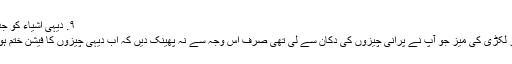
۹. دیہی اشیاء کو جدید بنائیں
وہ شاندار لکڑی کی میز جو آپ نے پرانی چیزوں کی دکان سے لی تھی صرف اِس وجہ سے نہ پھینک دیں کہ اب دیہی چیزوں کا فیشن ختم ہو گیا ہے۔